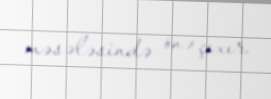
məsələsində önə çıxır.